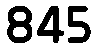
845